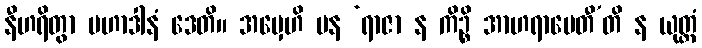
နီဟရိတွာ မဟာဒါနံ ဒေတိ။ အမှေဟိ ပန ‘ရာဇာ န ကိဉ္စိ အာဟရာပေတီ’တိ န ယုတ္တံ